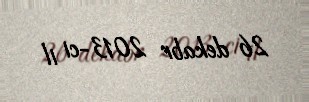
26 dekabr 2013-ci il